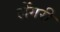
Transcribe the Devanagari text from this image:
लेंगरी